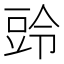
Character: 𮙒